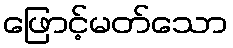
ဖြောင့်မတ်သော